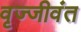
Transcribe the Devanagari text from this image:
वृज्जीवंत